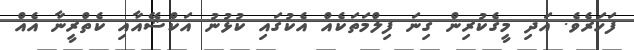
ފަހަރެވެ. އަދި މީގެކުރިން ގިނަ ފިލްމަތަކެއް އެކުގައި ކުޅުނު އަކްޝޭއާއި ކެތްރީނާ އެއް